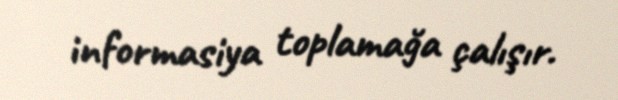
informasiya toplamağa çalışır.